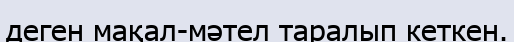
деген мақал-мәтел таралып кеткен.